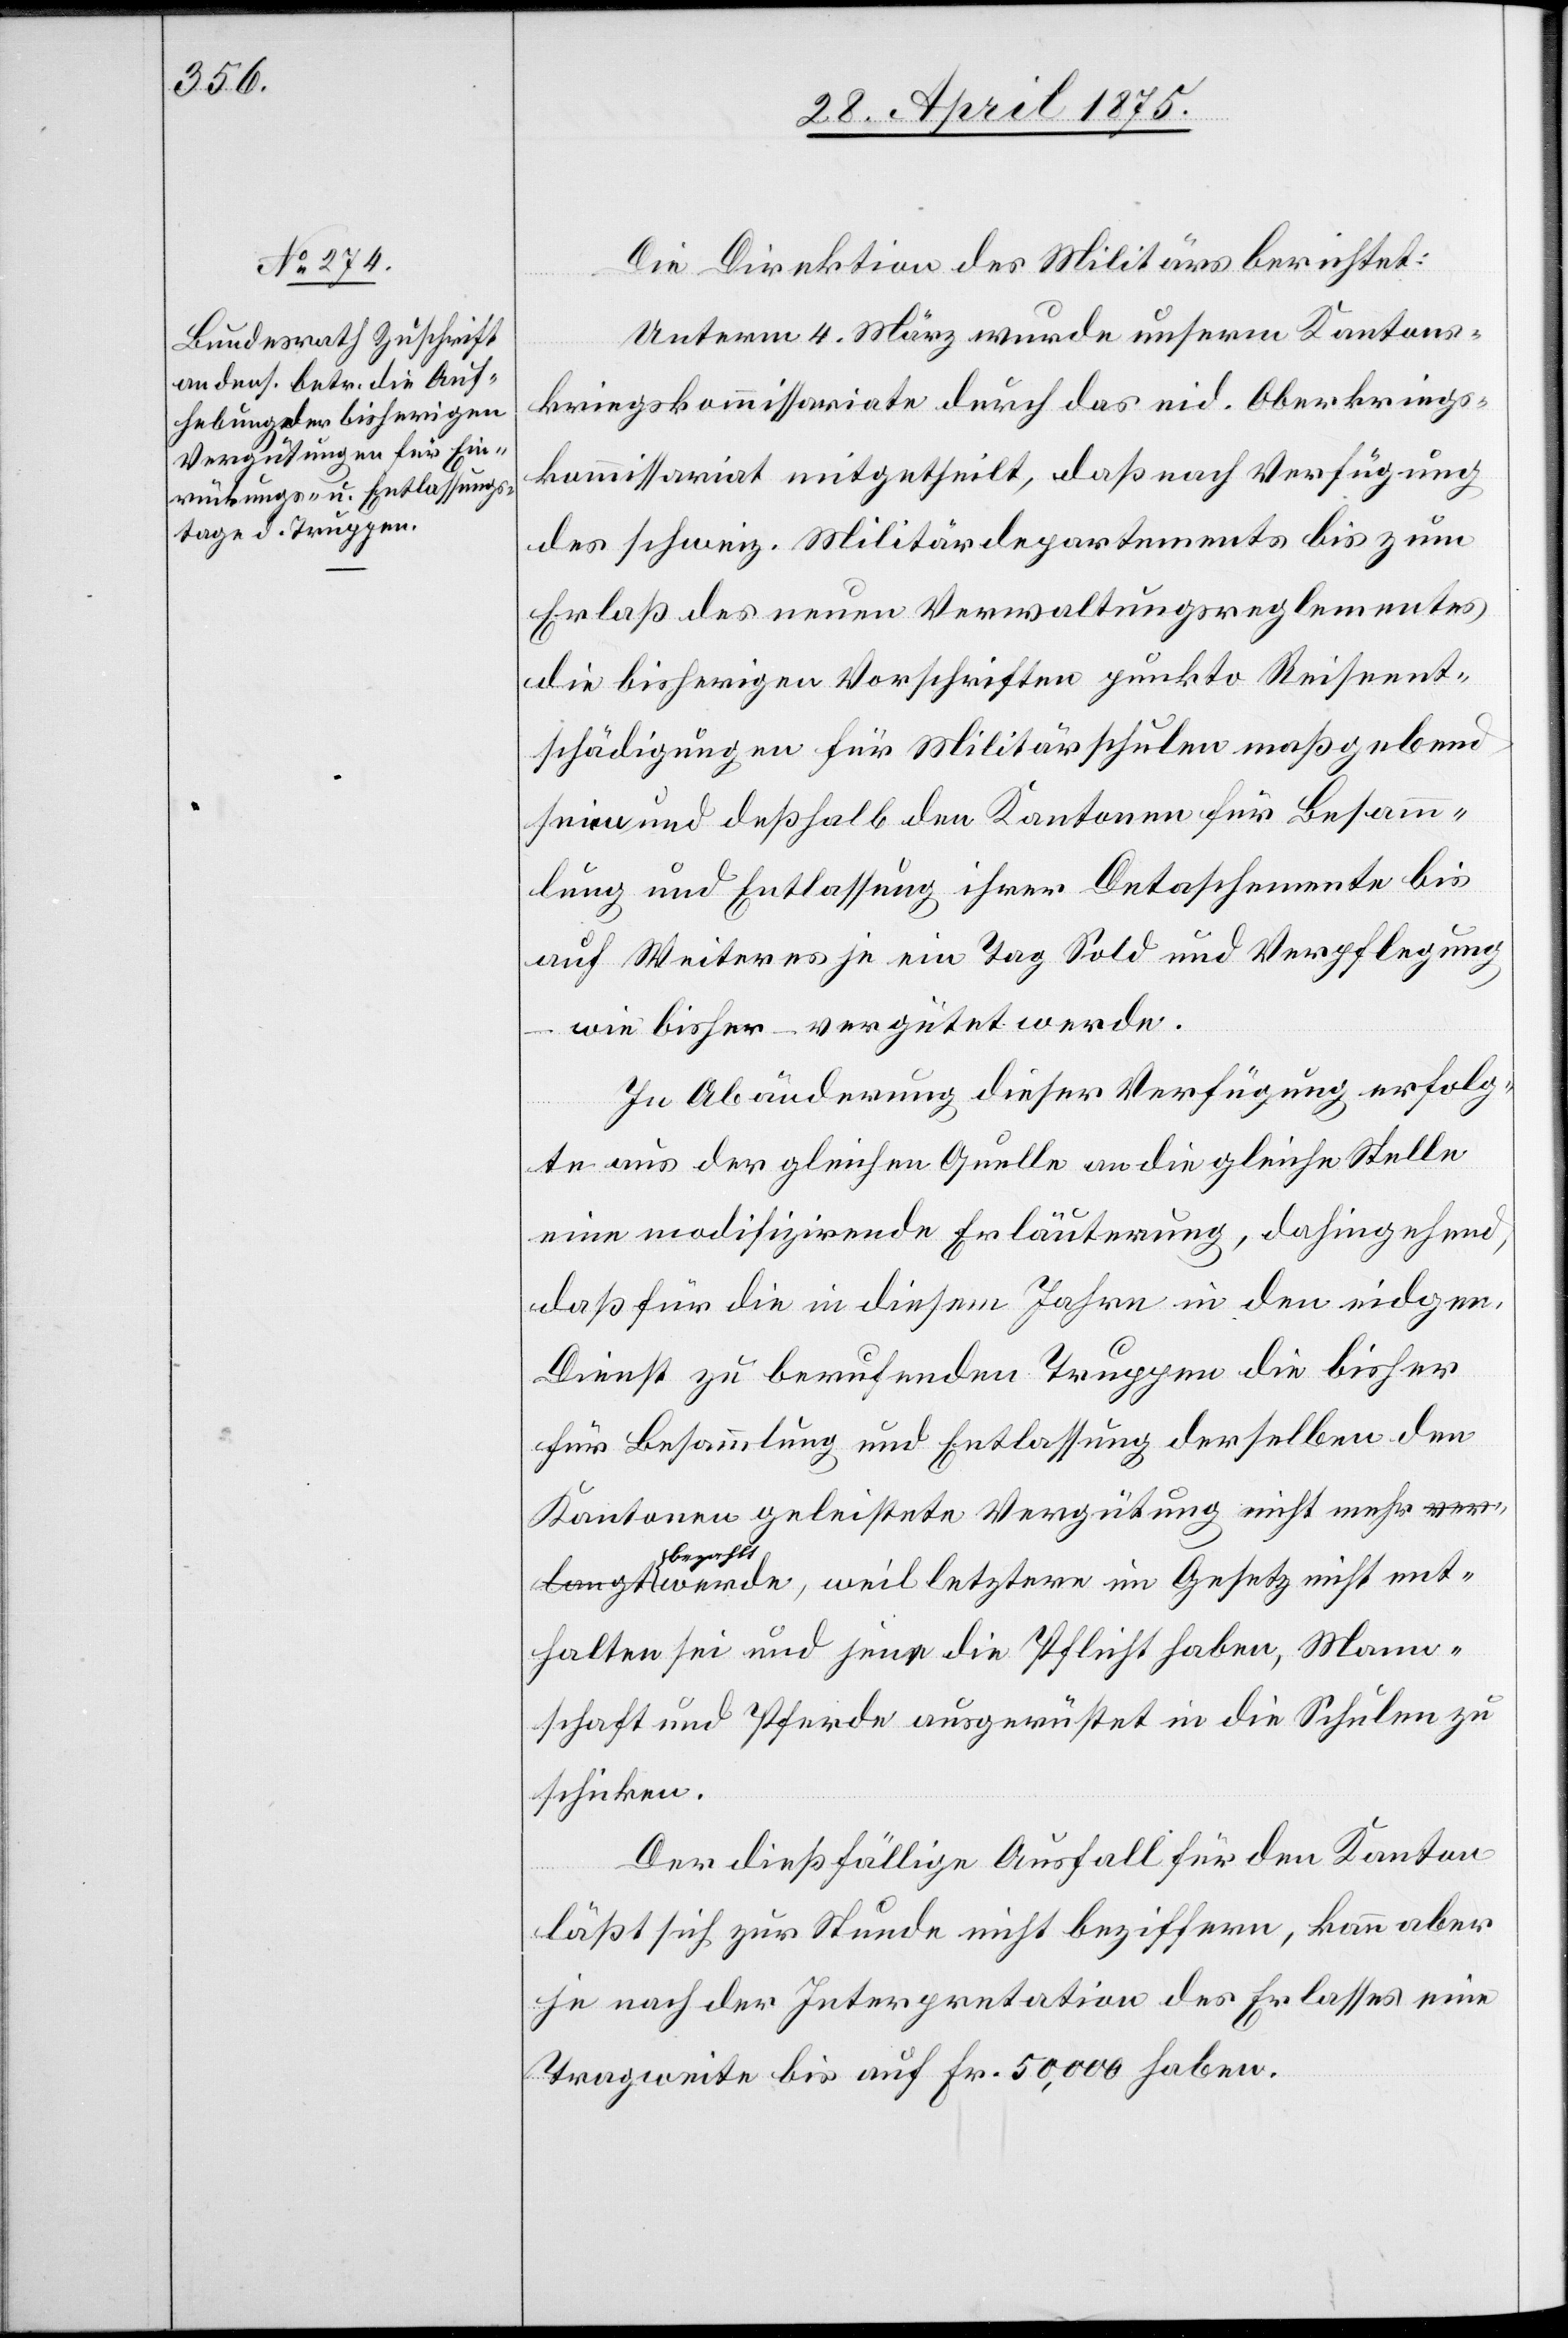
Die Direktion des Militärs berichtet:
Unterm 4. März wurde unserm Kantons¬
kriegskommissariate durch das eid. Oberkriegs¬
kommissariat mitgetheilt, daß nach Verfügung
des schweiz. Militärdepartements bis zum
Erlaß des neuen Verwaltungsreglements
die bisherigen Vorschriften punkto Reiseent¬
schädigungen für Militärschulen maßgebend
seien und deßhalb den Kantonen für Besam¬
mlung und Entlassung ihrer Detaschemente bis
auf Weiteres je ein Tag Sold und Verpflegung
wie bisher – vergütet werde.
In Abänderung dieser Verfügung erfolg¬
te aus der gleichen Quelle an die gleiche Stelle
eine modifizirende Erläuterung, dahingehend,
daß für die in diesem Jahre in den eidgen.
Dienst zu berufenden Truppen die bisher
für Besammlung und Entlassung derselben den
Kantonen geleistete Vergütung nicht mehr be¬
zahlt werde, weil letztere im Gesetz nicht ent¬
halten sei und jene die Pflicht haben, Mann¬
schaft und Pferde ausgerüstet in die Schulen zu
schicken.
Der dießfällige Ausfall für den Kanton
läßt sich zur Stunde nicht beziffern, kann aber
je nach der Interpretation des Erblasses eine
Tragweite bis auf Fr. 50,000 haben.